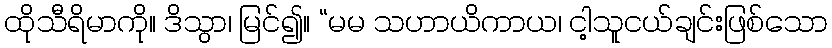
ထိုသီရိမာကို။ ဒိသွာ၊ မြင်၍။ “မမ သဟာယိကာယ၊ ငါ့သူငယ်ချင်းဖြစ်သော